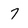
Character: 7